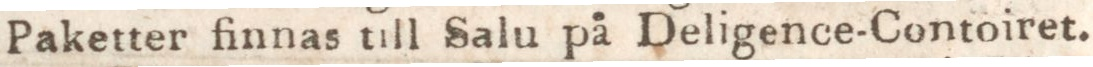
Paketter finnas till Salu på Deligence-Contoiret.